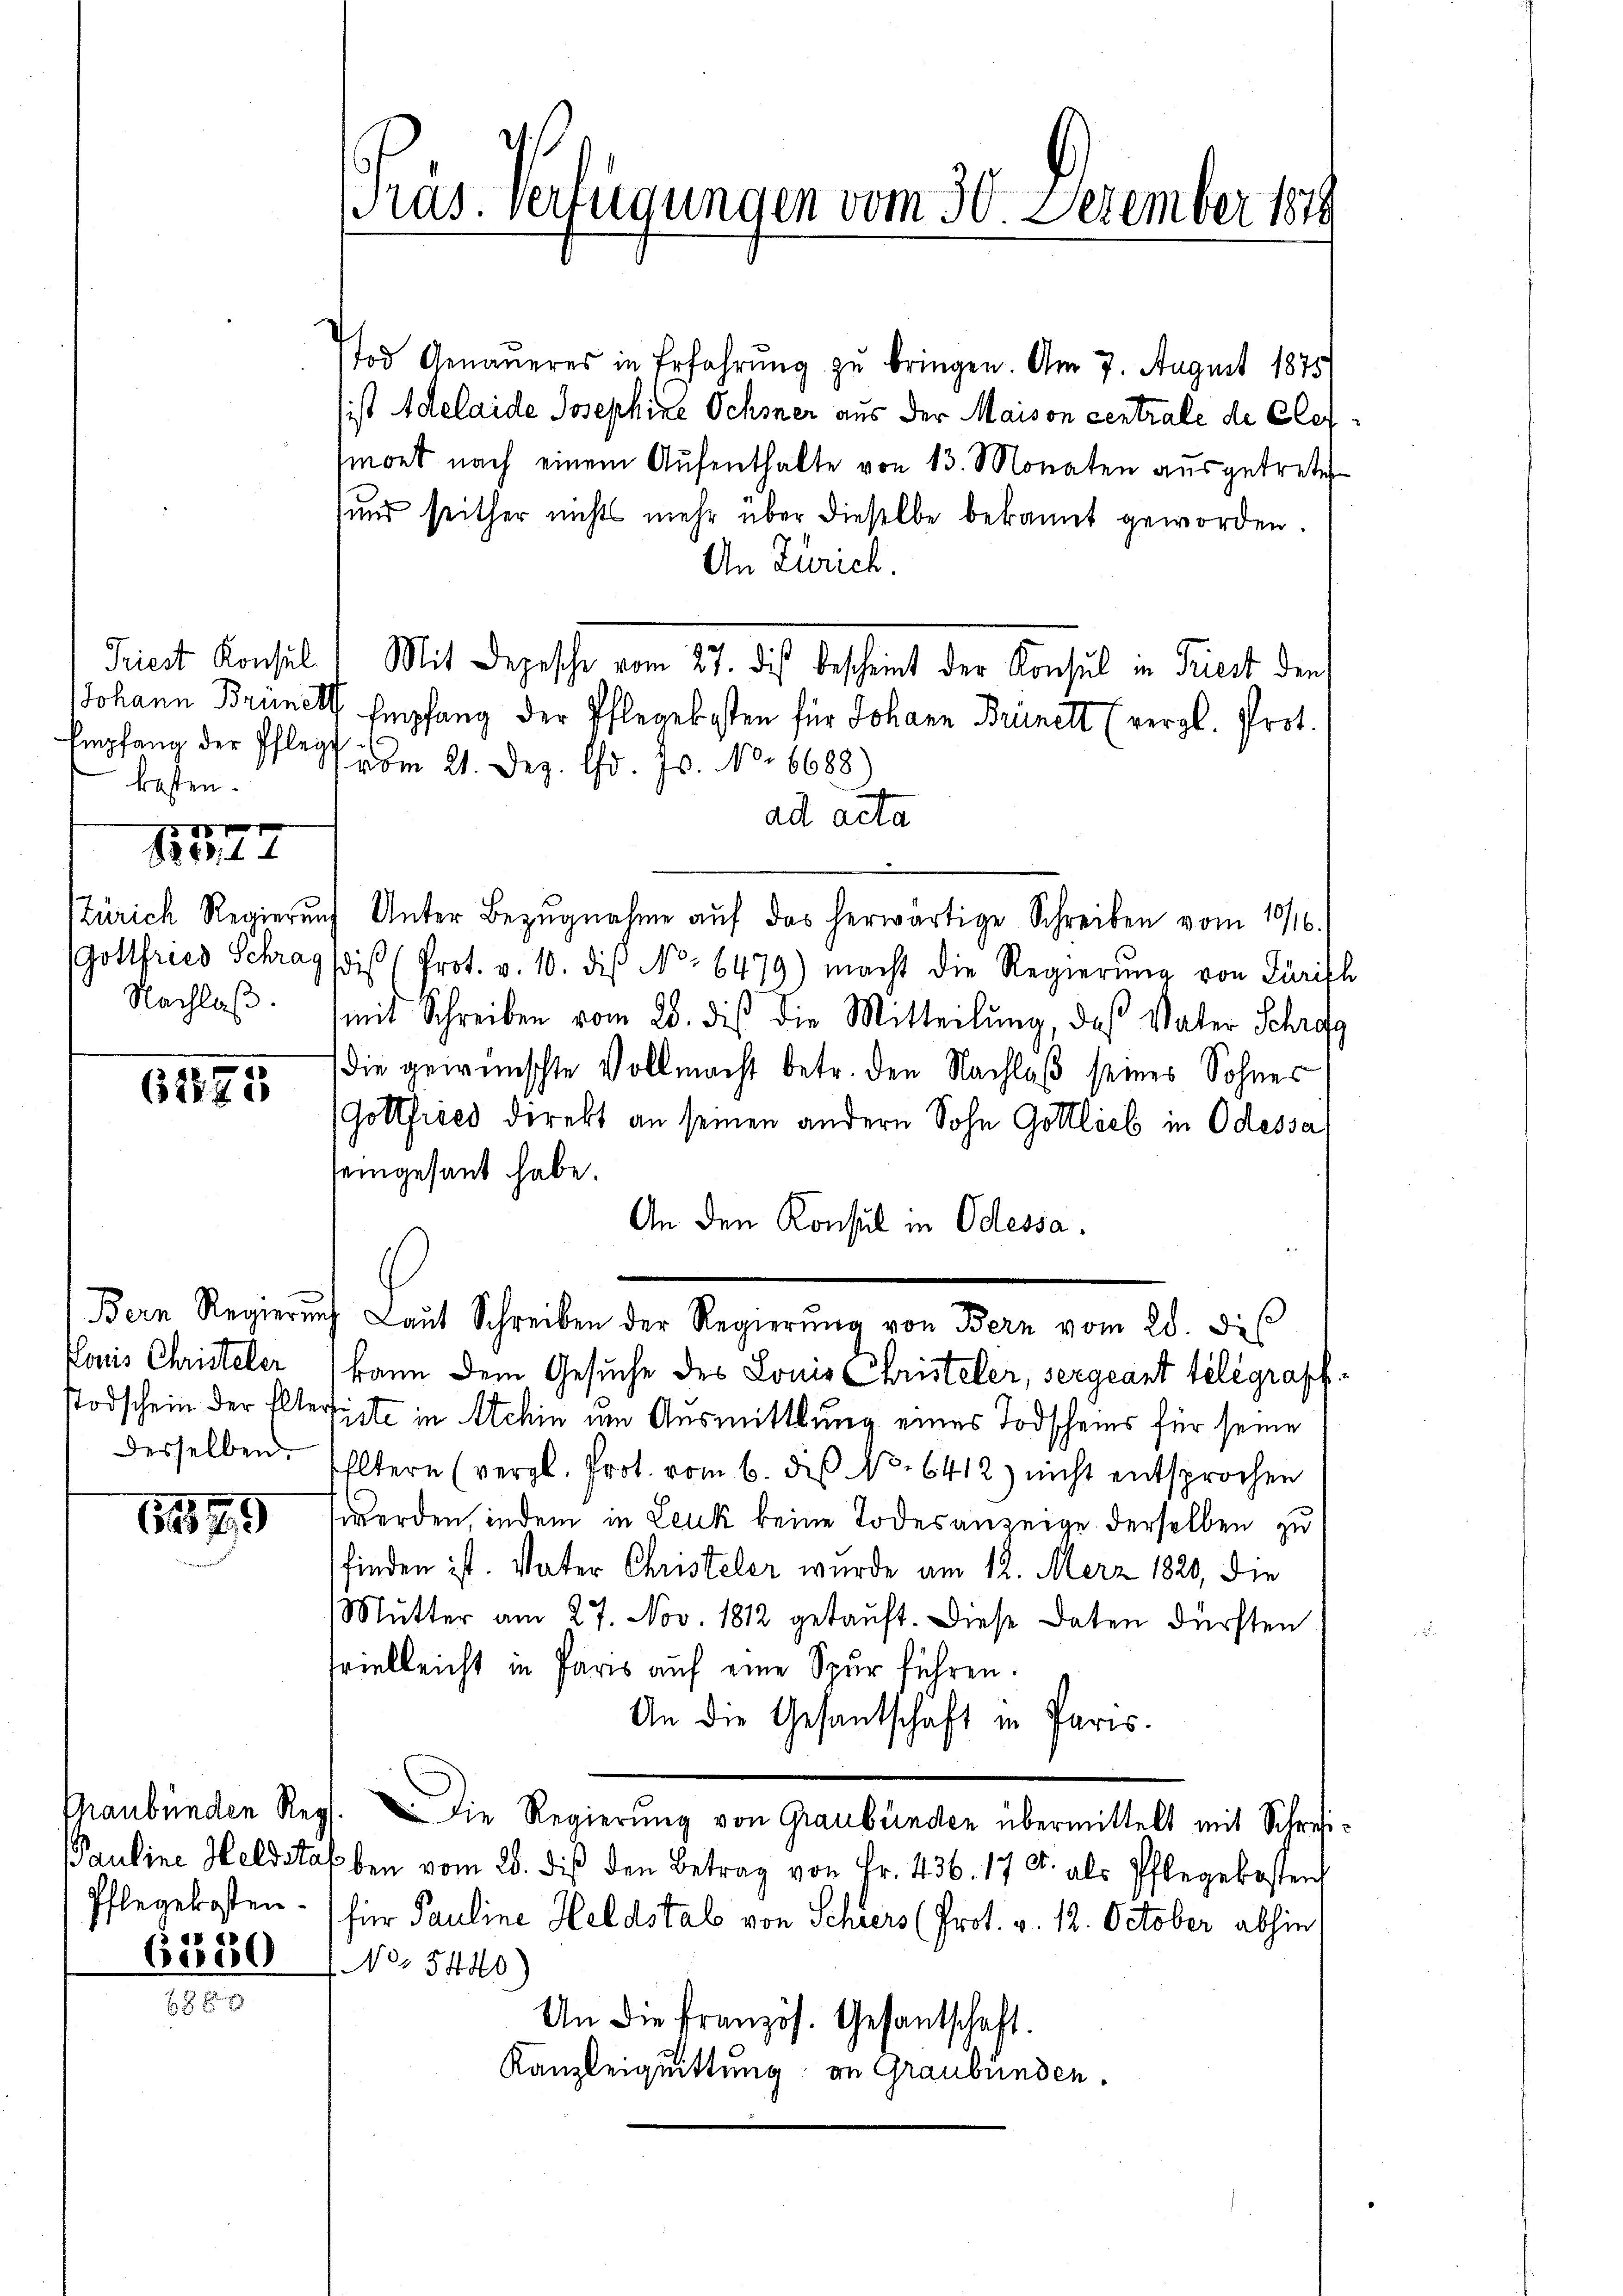
Triest Konsul
kasten.

S.14

Nachlaß.

61875

Louis Christeler
desselben.

1899

Pflegekosten.
 § 48

bod

Tod Genaueres in Erfahrung zu bringen. Am 7. August 1875
ist Adelaide Josephine Ochsner aus der Maison centrale de Clefmont nach einem Aufenthalte von 13. Monaten ausgetreten
und seither nichts mehr über dieselbe bekannt geworden.
An Zürich.
Mit Depesche vom 27. dies bescheint der Konsul in Triest den
JJohann Bruner Empfang der Pflegekosten für Johann Brünett (vergl. Prot.
Empfang der Pflegt vom 21. Dez. d. 10. No. 6688)
adl acta
Zürich Regierŭng Unter Bezŭgnahme aŭf das herwärtige Schreiben vom 10/16.
Gottfried Schrag dis (Prot. v. 10. die No. 6479) macht die Regierung von Zürich
mit Schreiben vom 28. dieß die Mitteilung, daß Vater Schrafg
die gewünschte Vollmacht betr. den Nachlaß seines Sohnes
Gottfrises direkt an seinen andern Sohn Gottlieb in Odessa,
seingesant habe.
An den Konsul in Odessa.
Bern Regierŭng Laŭt Schreiben der Regierŭng von Bern vom 28. de
kann dem Gesuche des Louis Christeler, sergeant telegraff¬
Todschein der Elterliche in Schin um Ausmittlung eines Todscheins für seine
Eltern (vergl. Prot. vom 6. des No. 6412) nicht entsprochen
werden indem in Leuk keine Todesanzeige derselben zu
finden ist. Vater Christeler wurde am 12. Merz 1820, die
Mutter am 27. Nov. 1812 getauft. Diese Daten dürften
svielleicht in Paris auf eine Spur führen.
An die Gesantschaft in Paris.
Praubünden Reg. Die Regierung von Graubünden übermittelt mit Schrei¬
PPauline Heldstaben vom 28. diβ den Betrag von Fr. 436. 17 u. als Pflegekosten
für Pauline Heldstab von Schiers (Prot. v. 12. October abhin,
NNo. 5440)
An die Französ. Gesantschaft.
Kanzleiquittung an Graubünden.

Pras. Verfügungen vom 30. Dezember 1849